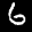
Label: 6